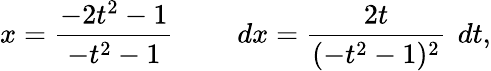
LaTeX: x={\frac{-2t^{2}-1}{-t^{2}-1}}\qquad\ dx={\frac{2t}{(-t^{2}-1)^{2}}}\, \ dt,